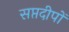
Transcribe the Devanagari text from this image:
सप्तदीपों